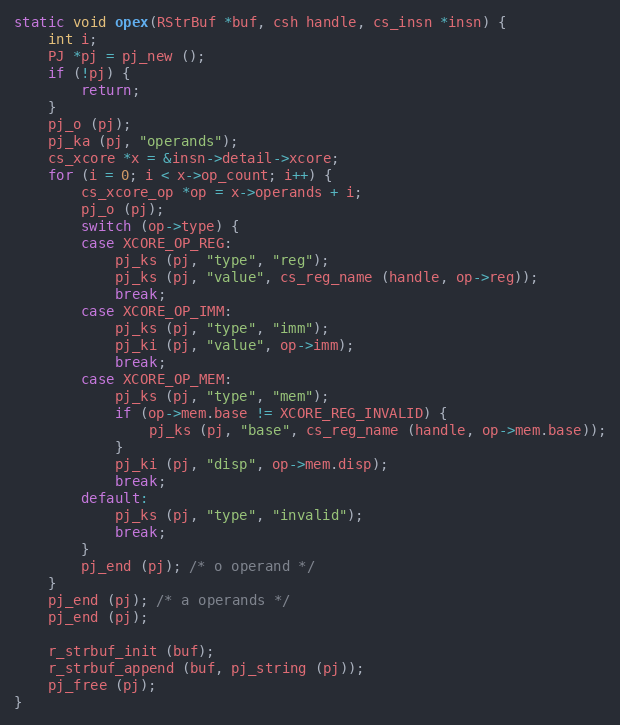
Language: C
static void opex(RStrBuf *buf, csh handle, cs_insn *insn) {
	int i;
	PJ *pj = pj_new ();
	if (!pj) {
		return;
	}
	pj_o (pj);
	pj_ka (pj, "operands");
	cs_xcore *x = &insn->detail->xcore;
	for (i = 0; i < x->op_count; i++) {
		cs_xcore_op *op = x->operands + i;
		pj_o (pj);
		switch (op->type) {
		case XCORE_OP_REG:
			pj_ks (pj, "type", "reg");
			pj_ks (pj, "value", cs_reg_name (handle, op->reg));
			break;
		case XCORE_OP_IMM:
			pj_ks (pj, "type", "imm");
			pj_ki (pj, "value", op->imm);
			break;
		case XCORE_OP_MEM:
			pj_ks (pj, "type", "mem");
			if (op->mem.base != XCORE_REG_INVALID) {
				pj_ks (pj, "base", cs_reg_name (handle, op->mem.base));
			}
			pj_ki (pj, "disp", op->mem.disp);
			break;
		default:
			pj_ks (pj, "type", "invalid");
			break;
		}
		pj_end (pj); /* o operand */
	}
	pj_end (pj); /* a operands */
	pj_end (pj);

	r_strbuf_init (buf);
	r_strbuf_append (buf, pj_string (pj));
	pj_free (pj);
}